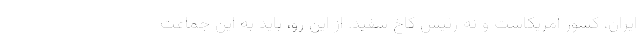
ایران، کشور آمریکاست و نه رئیس کاخ سفید. از این رو، باید به این جماعت